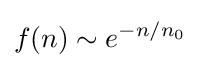
f(n)\sim e^{-n/n_{0}}